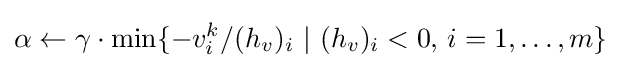
\alpha \leftarrow \gamma \cdot \min\{-v_{i}^{k}/(h_{v})_{i}\,\,|\,\,(h_{v})_{i}<0,\,i=1,\ldots ,m\}